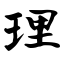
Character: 理